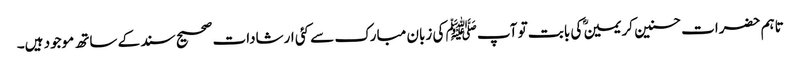
تاہم حضرات حسنین کریمینؓ کی بابت تو آپ ﷺ کی زبان مبارک سے کئی ارشادات صحیح سند کے ساتھ موجود ہیں۔